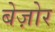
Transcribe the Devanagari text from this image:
बेज़ोर